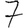
Digit: 7